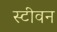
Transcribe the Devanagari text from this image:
स्‍टीवन